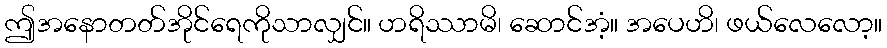
ဤအနောတတ်အိုင်ရေကိုသာလျှင်။ ဟရိဿာမိ၊ ဆောင်အံ့။ အပေဟိ၊ ဖယ်လေလော့။